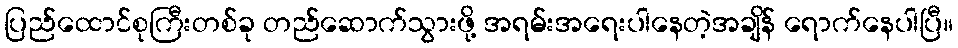
ပြည်ထောင်စုကြီးတစ်ခု တည်ဆောက်သွားဖို့ အရမ်းအရေးပါနေတဲ့အချိန် ရောက်နေပါပြီ။